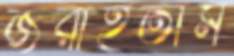
জরাইতাম